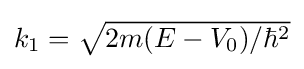
{\textstyle k_{1}={\sqrt {2m(E-V_{0})/\hbar ^{2}}}}